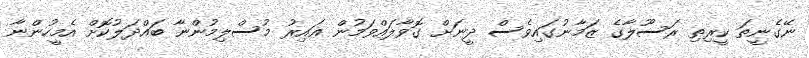
ނޭގެނީތަ ކީރިތި ރަސޫލާގެ ޒަމާނުގައިވެސް ދީނަށް ގޮވާލައްވަމުން ޢައިރު މުސްލިމުންނާ ބައްދަލުކޮށް އެމީހުންނާ